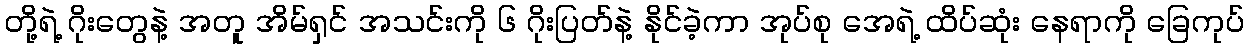
တို့ရဲ့ ဂိုးတွေနဲ့ အတူ အိမ်ရှင် အသင်းကို ၆ ဂိုးပြတ်နဲ့ နိုင်ခဲ့ကာ အုပ်စု အေရဲ့ ထိပ်ဆုံး နေရာကို ခြေကုပ်